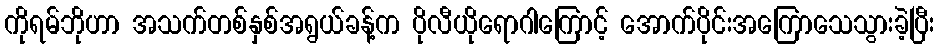
ကိုရမ်ဘိုဟာ အသက်တစ်နှစ်အရွယ်ခန့်က ပိုလီယိုရောဂါကြောင့် အောက်ပိုင်းအကြောသေသွားခဲ့ပြီး